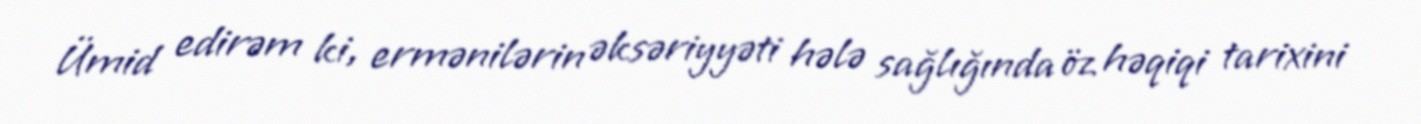
Ümid edirəm ki, ermənilərin əksəriyyəti hələ sağlığında öz həqiqi tarixini